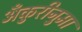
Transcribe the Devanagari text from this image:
अँकुरीनुमा